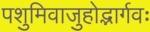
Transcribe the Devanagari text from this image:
पशुमिवाजुहोद्भार्गवः